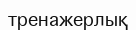
тренажерлық